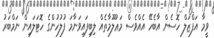
ވީމާ އަފްޒަލް ހޮސެން އާބެހޭ އެއްވެސް މަޢުލޫމާތެއް ލިބިފައިވަނާމަ ފުލުހުންގެ ހޮޓަލައިން ނަމްބަރު